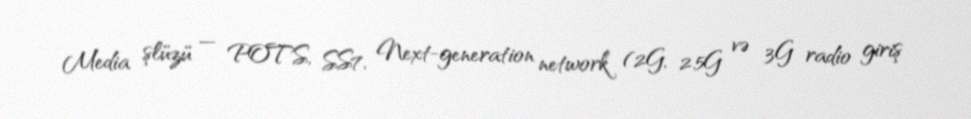
Media şlüzü — POTS, SS7, Next-generation network (2G, 2.5G və 3G radio giriş